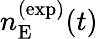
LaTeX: n_{\mathrm{E}}^{(\mathrm{exp})}(t)